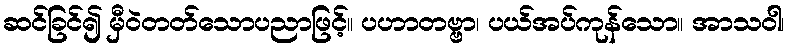
ဆင်ခြင်၍ မှီဝဲတတ်သောပညာဖြင့်။ ပဟာတဗ္ဗာ၊ ပယ်အပ်ကုန်သော။ အာသဝါ၊